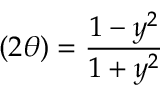
( 2 \theta ) = \frac { 1 - y ^ { 2 } } { 1 + y ^ { 2 } }